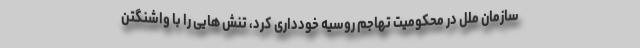
سازمان ملل در محکومیت تهاجم روسیه خودداری کرد، تنش هایی را با واشنگتن